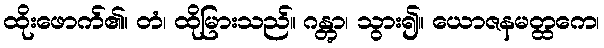
ထိုးဖောက်၏။ တံ၊ ထိုမြားသည်။ ဂန္တွာ၊ သွား၍။ ယောဇနမတ္ထကေ၊